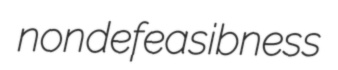
nondefeasibness